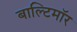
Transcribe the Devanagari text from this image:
बाल्टिमॉर